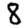
Digit: 8